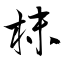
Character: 枺